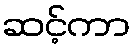
ဆင့်ကာ